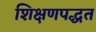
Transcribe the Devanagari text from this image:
शिक्षणपद्धत